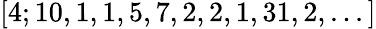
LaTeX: [4;10,1,1,5,7,2,2,1,31,2,...]